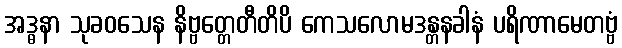
အဒ္ဓနာ သုခဝသေန နိဗ္ဗတ္တေတီတိပိ ကေသလောမဒန္တနခါနံ ပရိဏာမေတဗ္ဗံ